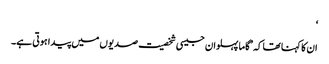
‘
ان کا کہنا تھا کہ ’گاما پہلوان جیسی شخصیت صدیوں میں پیدا ہوتی ہے۔